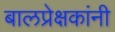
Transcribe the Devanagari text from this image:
बालप्रेक्षकांनी